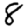
Digit: 8